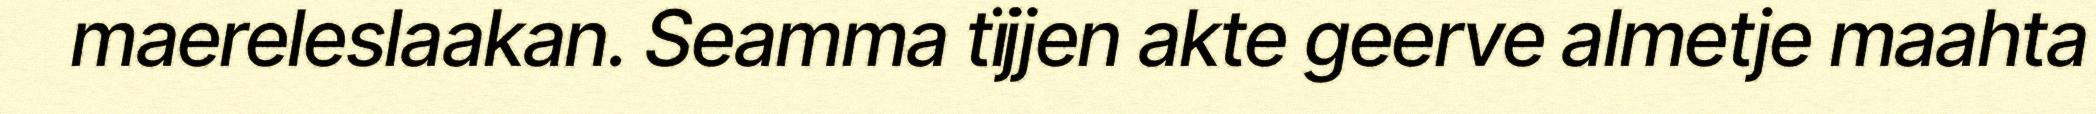
maereleslaakan. Seamma tïjjen akte geerve almetje maahta